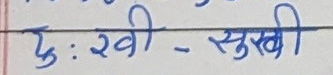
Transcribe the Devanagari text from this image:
दुःखी - सुखी